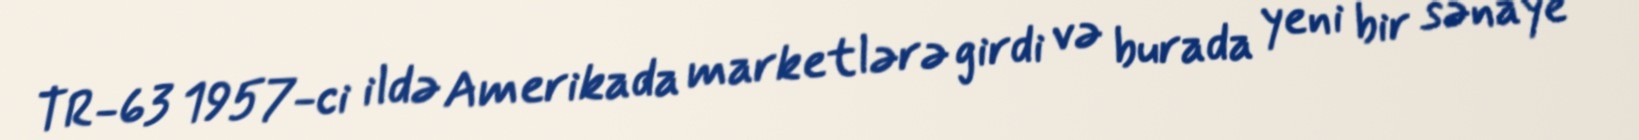
TR-63 1957-ci ildə Amerikada marketlərə girdi və burada yeni bir sənaye